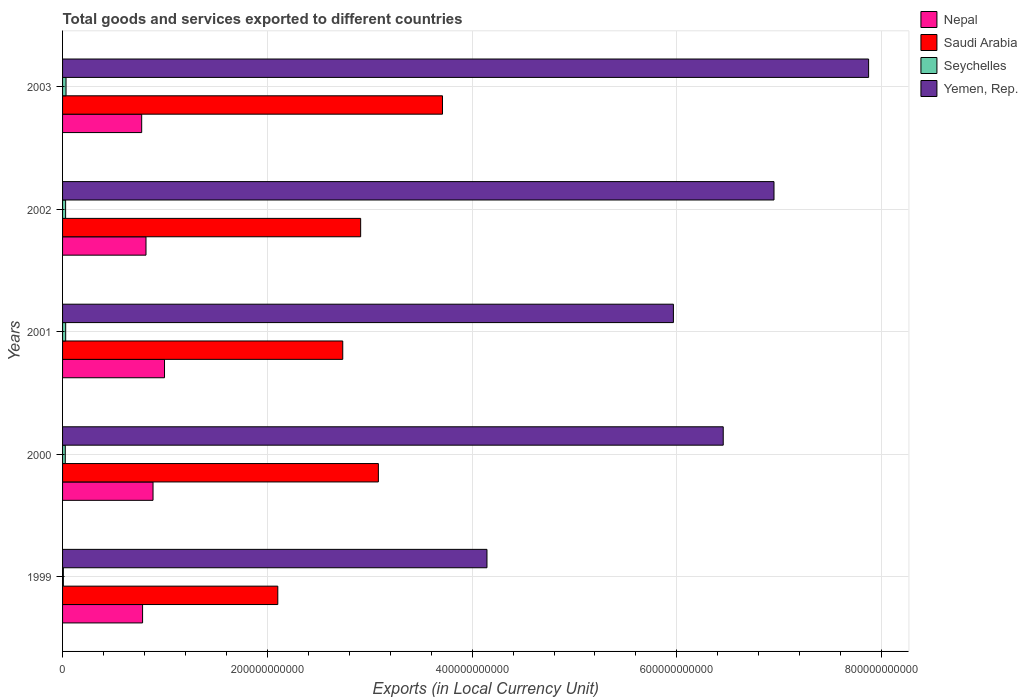
| Years | Nepal | Saudi Arabia | Seychelles | Yemen, Rep. |
 | --- | --- | --- | --- | --- |
 | 1999 | 7.82e+10 | 2.1e+11 | 7.75e+08 | 4.15e+11 |
 | 2000 | 8.84e+10 | 3.08e+11 | 2.65e+09 | 6.45e+11 |
 | 2001 | 9.96e+10 | 2.74e+11 | 3.05e+09 | 5.97e+11 |
 | 2002 | 8.15e+10 | 2.91e+11 | 2.98e+09 | 6.95e+11 |
 | 2003 | 7.73e+10 | 3.71e+11 | 3.39e+09 | 7.87e+11 |